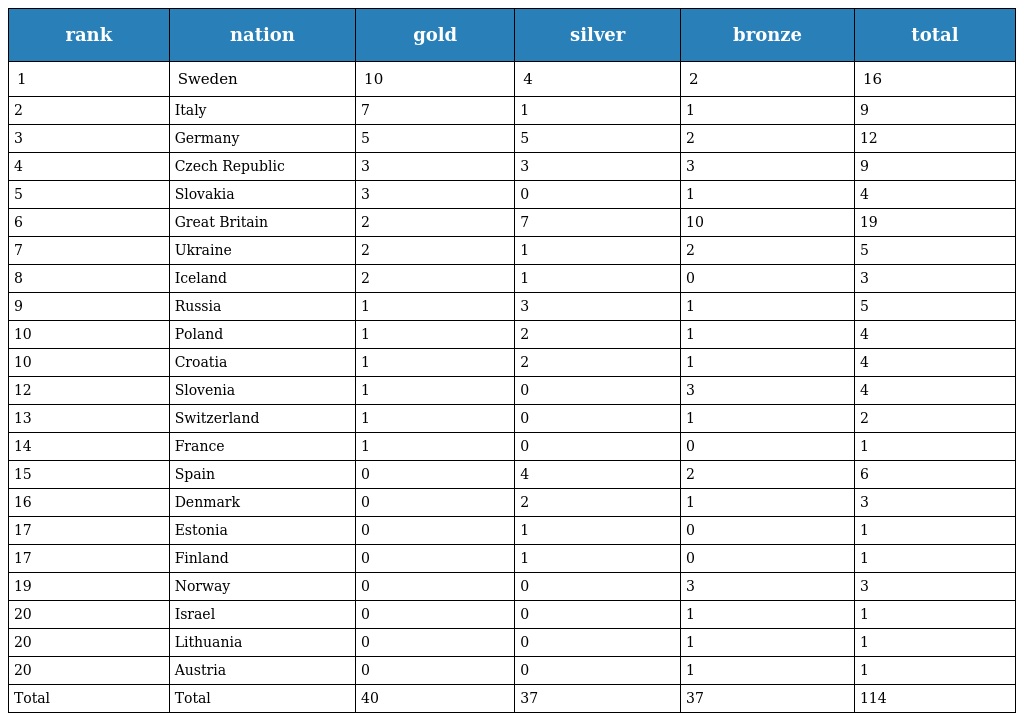
| rank | nation | gold | silver | bronze | total |
 | --- | --- | --- | --- | --- | --- |
 | 1 | Sweden | 10 | 4 | 2 | 16 |
 | 2 | Italy | 7 | 1 | 1 | 9 |
 | 3 | Germany | 5 | 5 | 2 | 12 |
 | 4 | Czech Republic | 3 | 3 | 3 | 9 |
 | 5 | Slovakia | 3 | 0 | 1 | 4 |
 | 6 | Great Britain | 2 | 7 | 10 | 19 |
 | 7 | Ukraine | 2 | 1 | 2 | 5 |
 | 8 | Iceland | 2 | 1 | 0 | 3 |
 | 9 | Russia | 1 | 3 | 1 | 5 |
 | 10 | Poland | 1 | 2 | 1 | 4 |
 | 10 | Croatia | 1 | 2 | 1 | 4 |
 | 12 | Slovenia | 1 | 0 | 3 | 4 |
 | 13 | Switzerland | 1 | 0 | 1 | 2 |
 | 14 | France | 1 | 0 | 0 | 1 |
 | 15 | Spain | 0 | 4 | 2 | 6 |
 | 16 | Denmark | 0 | 2 | 1 | 3 |
 | 17 | Estonia | 0 | 1 | 0 | 1 |
 | 17 | Finland | 0 | 1 | 0 | 1 |
 | 19 | Norway | 0 | 0 | 3 | 3 |
 | 20 | Israel | 0 | 0 | 1 | 1 |
 | 20 | Lithuania | 0 | 0 | 1 | 1 |
 | 20 | Austria | 0 | 0 | 1 | 1 |
 | Total | Total | 40 | 37 | 37 | 114 |